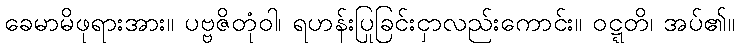
ခေမာမိဖုရားအား။ ပဗ္ဗဇိတုံဝါ၊ ရဟန်းပြုခြင်းငှာလည်းကောင်း။ ဝဋ္ဋတိ၊ အပ်၏။